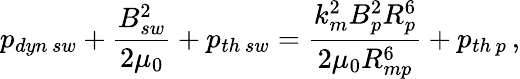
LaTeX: p_{dyn\thinspace sw}+\frac{B_{sw}^{2}}{2\mu_{0}}+p_{th\thinspace sw}=\frac{k_{m}^{2}B_{p}^{2}R_{p}^{6}}{2\mu_{0}R_{mp}^{6}}+p_{th\thinspace p}\thinspace,